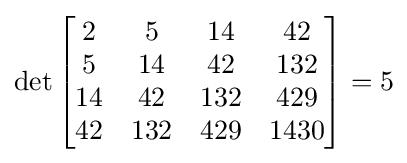
\det {\begin{bmatrix}2&5&14&42\\5&14&42&132\\14&42&132&429\\42&132&429&1430\end{bmatrix}}=5